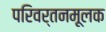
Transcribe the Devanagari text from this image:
परिवर्तनमूलक